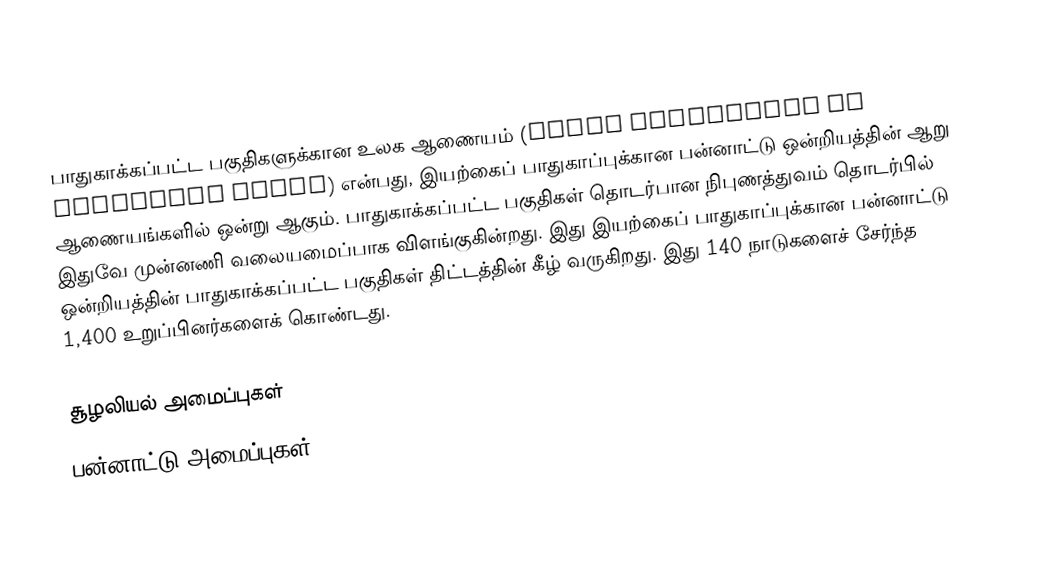
பாதுகாக்கப்பட்ட பகுதிகளுக்கான உலக ஆணையம் (World Commission on Protected Areas) என்பது, இயற்கைப் பாதுகாப்புக்கான பன்னாட்டு ஒன்றியத்தின் ஆறு ஆணையங்களில் ஒன்று ஆகும். பாதுகாக்கப்பட்ட பகுதிகள் தொடர்பான நிபுணத்துவம் தொடர்பில் இதுவே முன்னணி வலையமைப்பாக விளங்குகின்றது. இது  இயற்கைப் பாதுகாப்புக்கான பன்னாட்டு ஒன்றியத்தின் பாதுகாக்கப்பட்ட பகுதிகள் திட்டத்தின் கீழ் வருகிறது. இது 140 நாடுகளைச் சேர்ந்த 1,400 உறுப்பினர்களைக் கொண்டது.

சூழலியல் அமைப்புகள்
பன்னாட்டு அமைப்புகள்